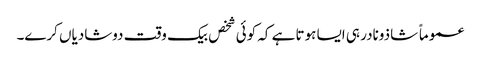
عموماً شاذونادر ہی ایسا ہوتا ہے کہ کوئی شخص بیک وقت دوشادیاں کرے۔